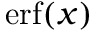
\operatorname { e r f } ( x )